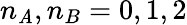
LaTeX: n_{\mathit{A}},n_{B}=0,1,2